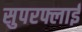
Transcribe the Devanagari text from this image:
सुपरफ्लाई